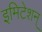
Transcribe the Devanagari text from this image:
इमिटेशन्